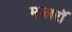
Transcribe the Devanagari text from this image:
मालरॉ